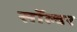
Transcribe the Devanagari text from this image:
सॉल्वर